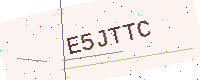
Text: E5JTTC